Leningradi_Edasi_toimetus, lk 172
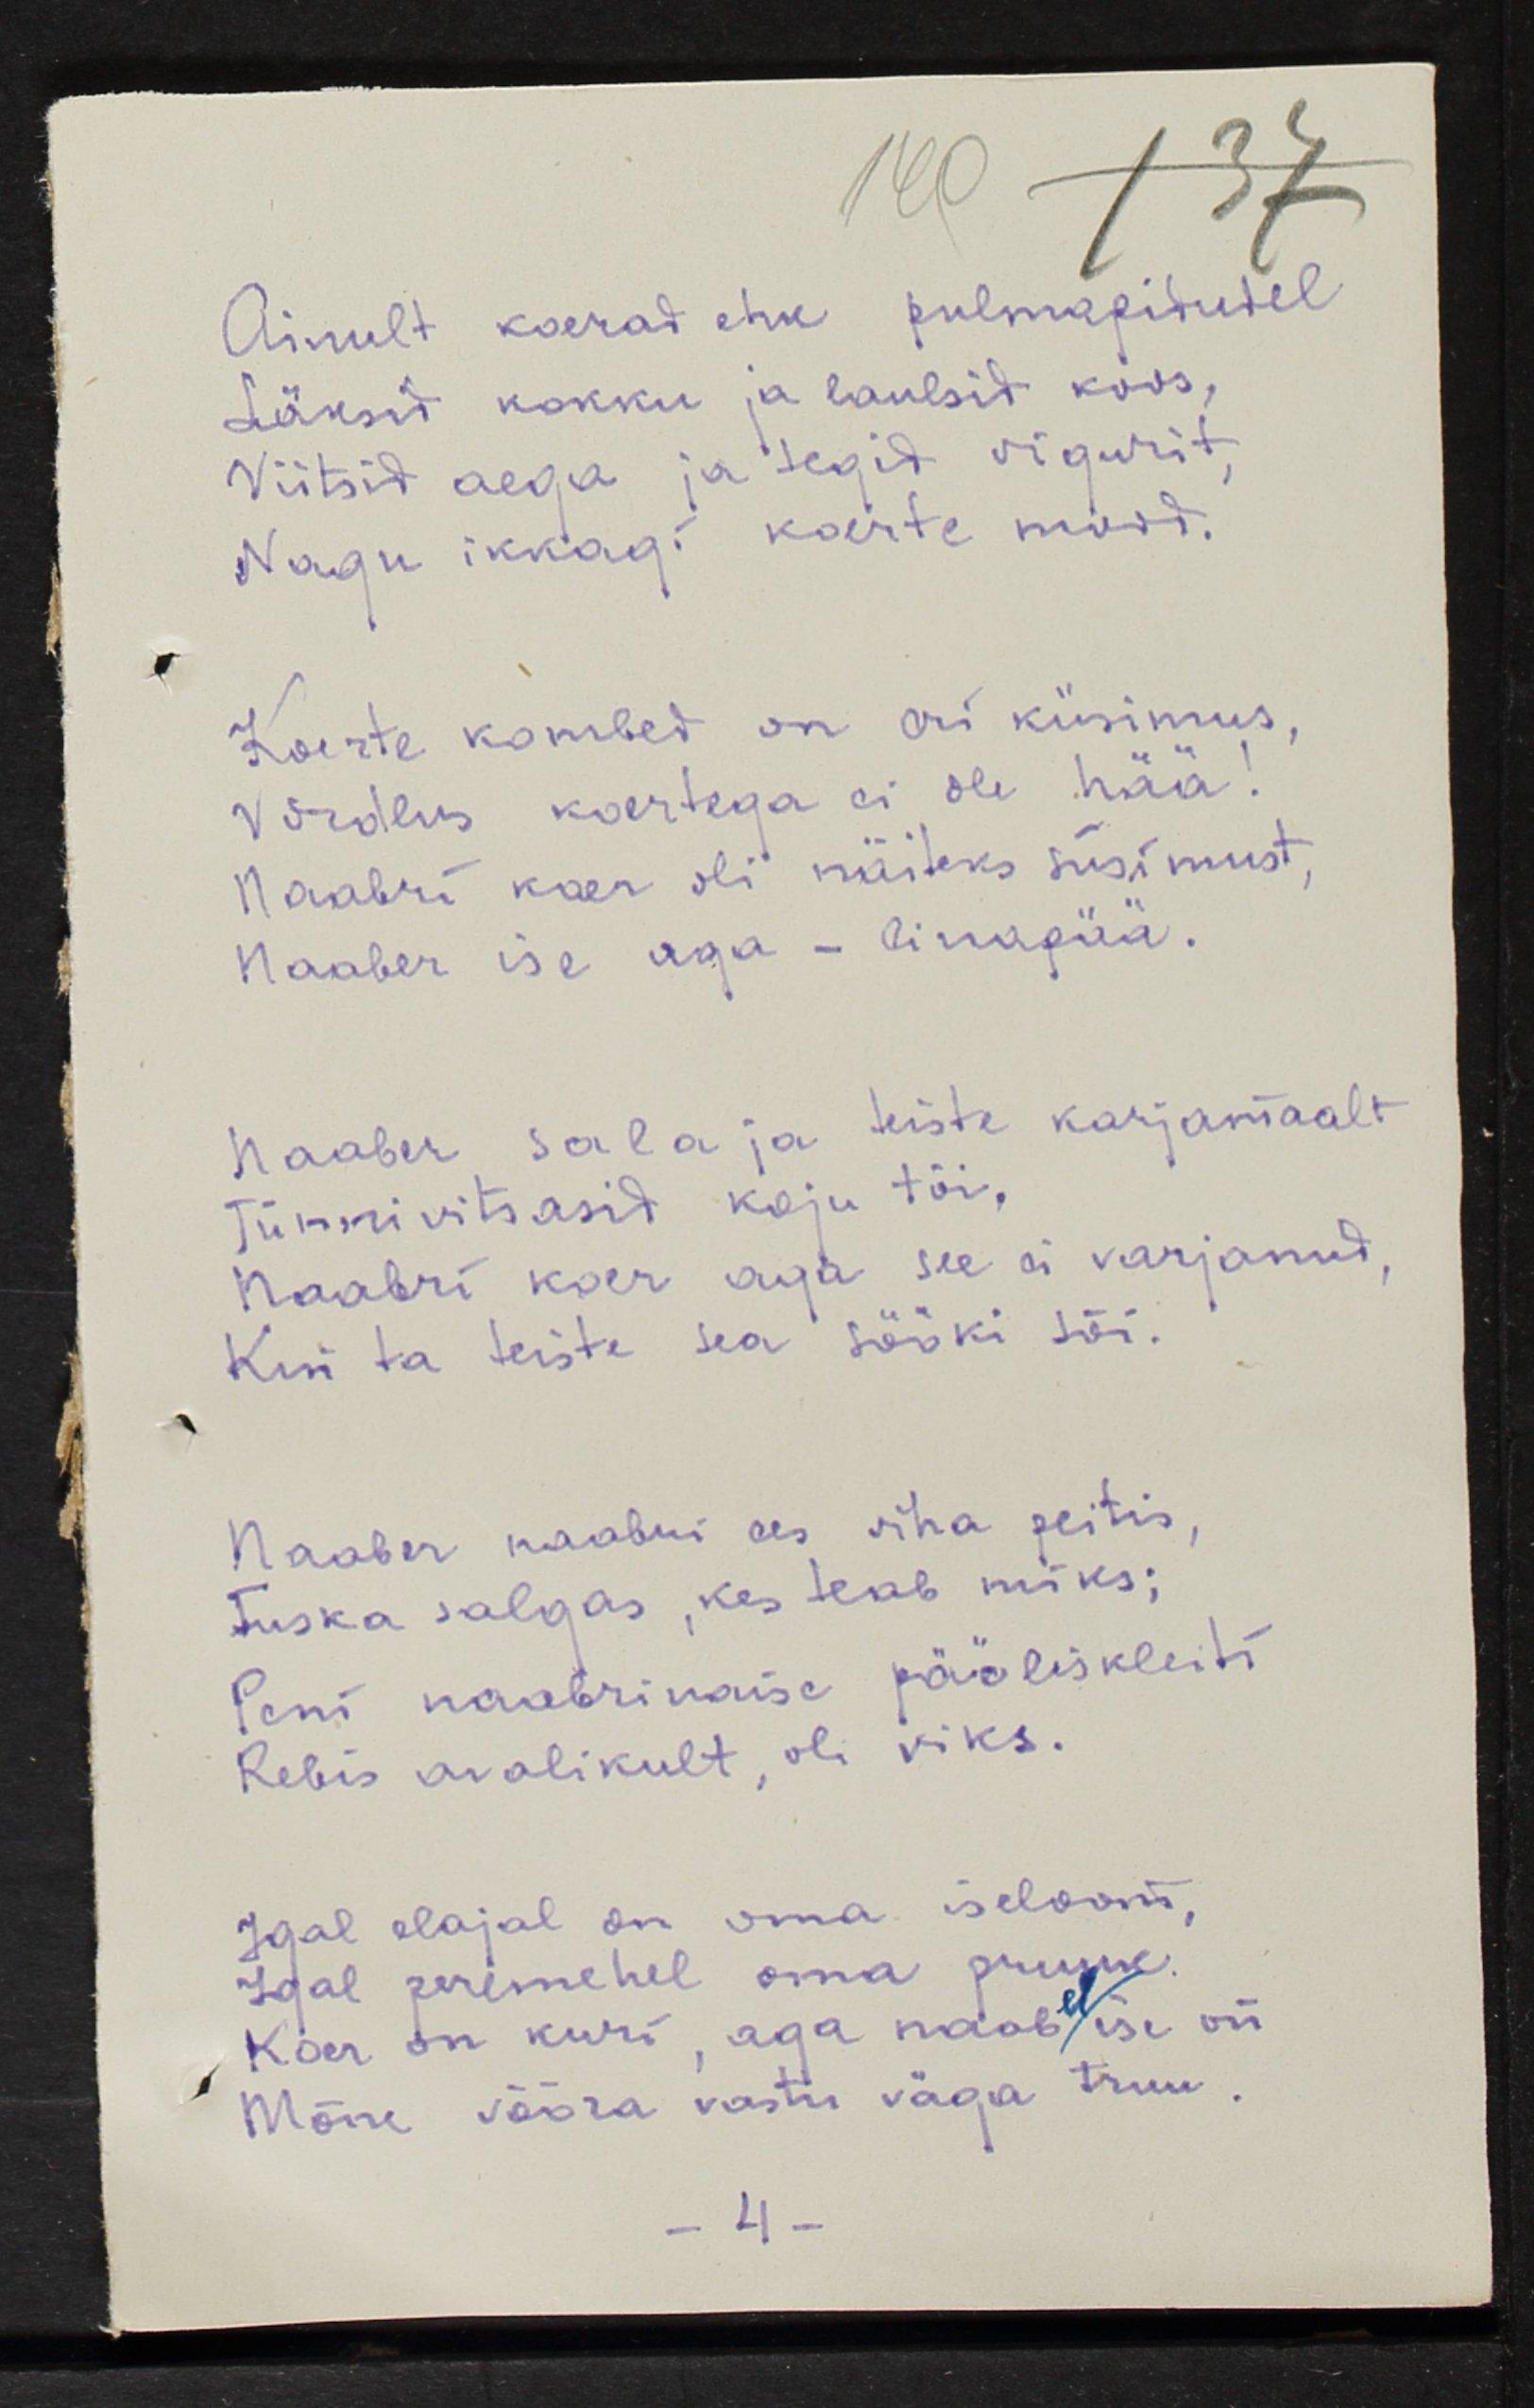
Ainult koerad ehk pulmapidudel
Läksid kokku ja laulsid koos,
Viitsid aega ja tegid vigurit, 
Nagu ikkagi koerte must.
Koerte kombed on eri küsimus, 
Võrdlus koertega ei ole hää!
Naabri koer oli näiteks süsimust, 
Naaber ise aga - linapää.
Naaber salaja teiste karjamaalt
Tünnivitsasid koju tõi,
Naabri koer aga see ei varjanud,
Kui ka teiste sea sööki sõi.
Naaber naabri ees viha peitis,
Tuska salgas, kes teab miks;
Pani naabrinaise pääliskleiti
Rebis avalikult, oli viks.
Igal elajal on oma iseloom,
Igal peremehel oma pruun
Koer on kuri, aga naab ise või
Mõne võõra vastu väga truu.